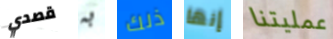
قصدي به ذلك إنها عمليتنا